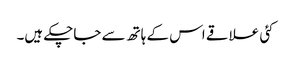
کئی علاقے اس کے ہاتھ سے جاچکے ہیں۔